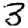
Digit: 3